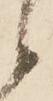
候